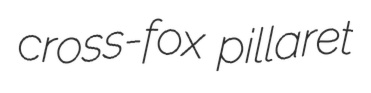
cross-fox pillaret